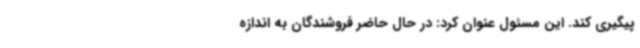
پیگیری کند. این مسئول عنوان کرد: در حال حاضر فروشندگان به اندازه